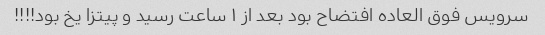
سرویس فوق العاده افتضاح بود بعد از ١ ساعت رسید و پیتزا یخ بود!!!!